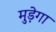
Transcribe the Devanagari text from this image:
मुड़ेगा